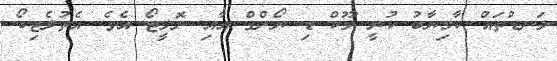
ލަނޑުތައް ކާމިޔާބު ކުރީ ލޫކް ޑި ޔޯންގް އާއި ނޮލީޓޯ އެވެ. އެތުލެޓިކޯ